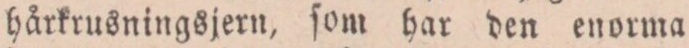
hårkrusningsjern, ſom har den enorma